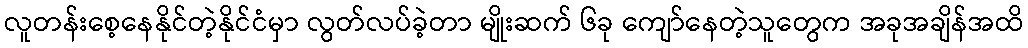
လူတန်းစေ့နေနိုင်တဲ့နိုင်ငံမှာ လွတ်လပ်ခဲ့တာ မျိုးဆက် ၆ခု ကျော်နေတဲ့သူတွေက အခုအချိန်အထိ